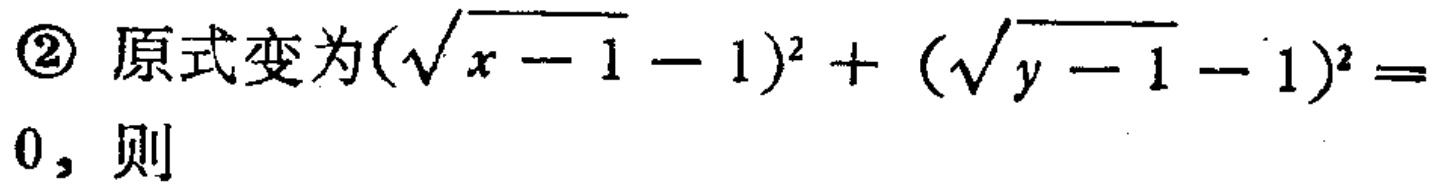
\textcircled{2} 原式变为\((\sqrt{x - 1} - 1)^2 + (\sqrt{y - 1} - 1)^2 = 0\)，则